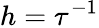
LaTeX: h=\tau^{-1}